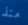
منذ